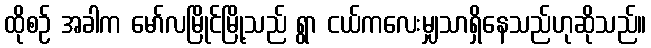
ထိုစဉ် အခါက မော်လမြိုင်မြို့သည် ရွာ ငယ်ကလေးမျှသာရှိနေသည်ဟုဆိုသည်။